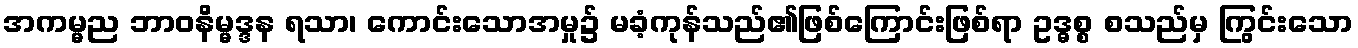
အကမ္မည ဘာဝနိမ္မဒ္ဒန ရသာ၊ ကောင်းသောအမှု၌ မခံ့ကုန်သည်၏ဖြစ်ကြောင်းဖြစ်ရာ ဥဒ္ဓစ္စ စသည်မှ ကြွင်းသော